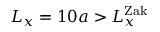
L _ { x } = 1 0 a > L _ { x } ^ { \mathrm { Z a k } }